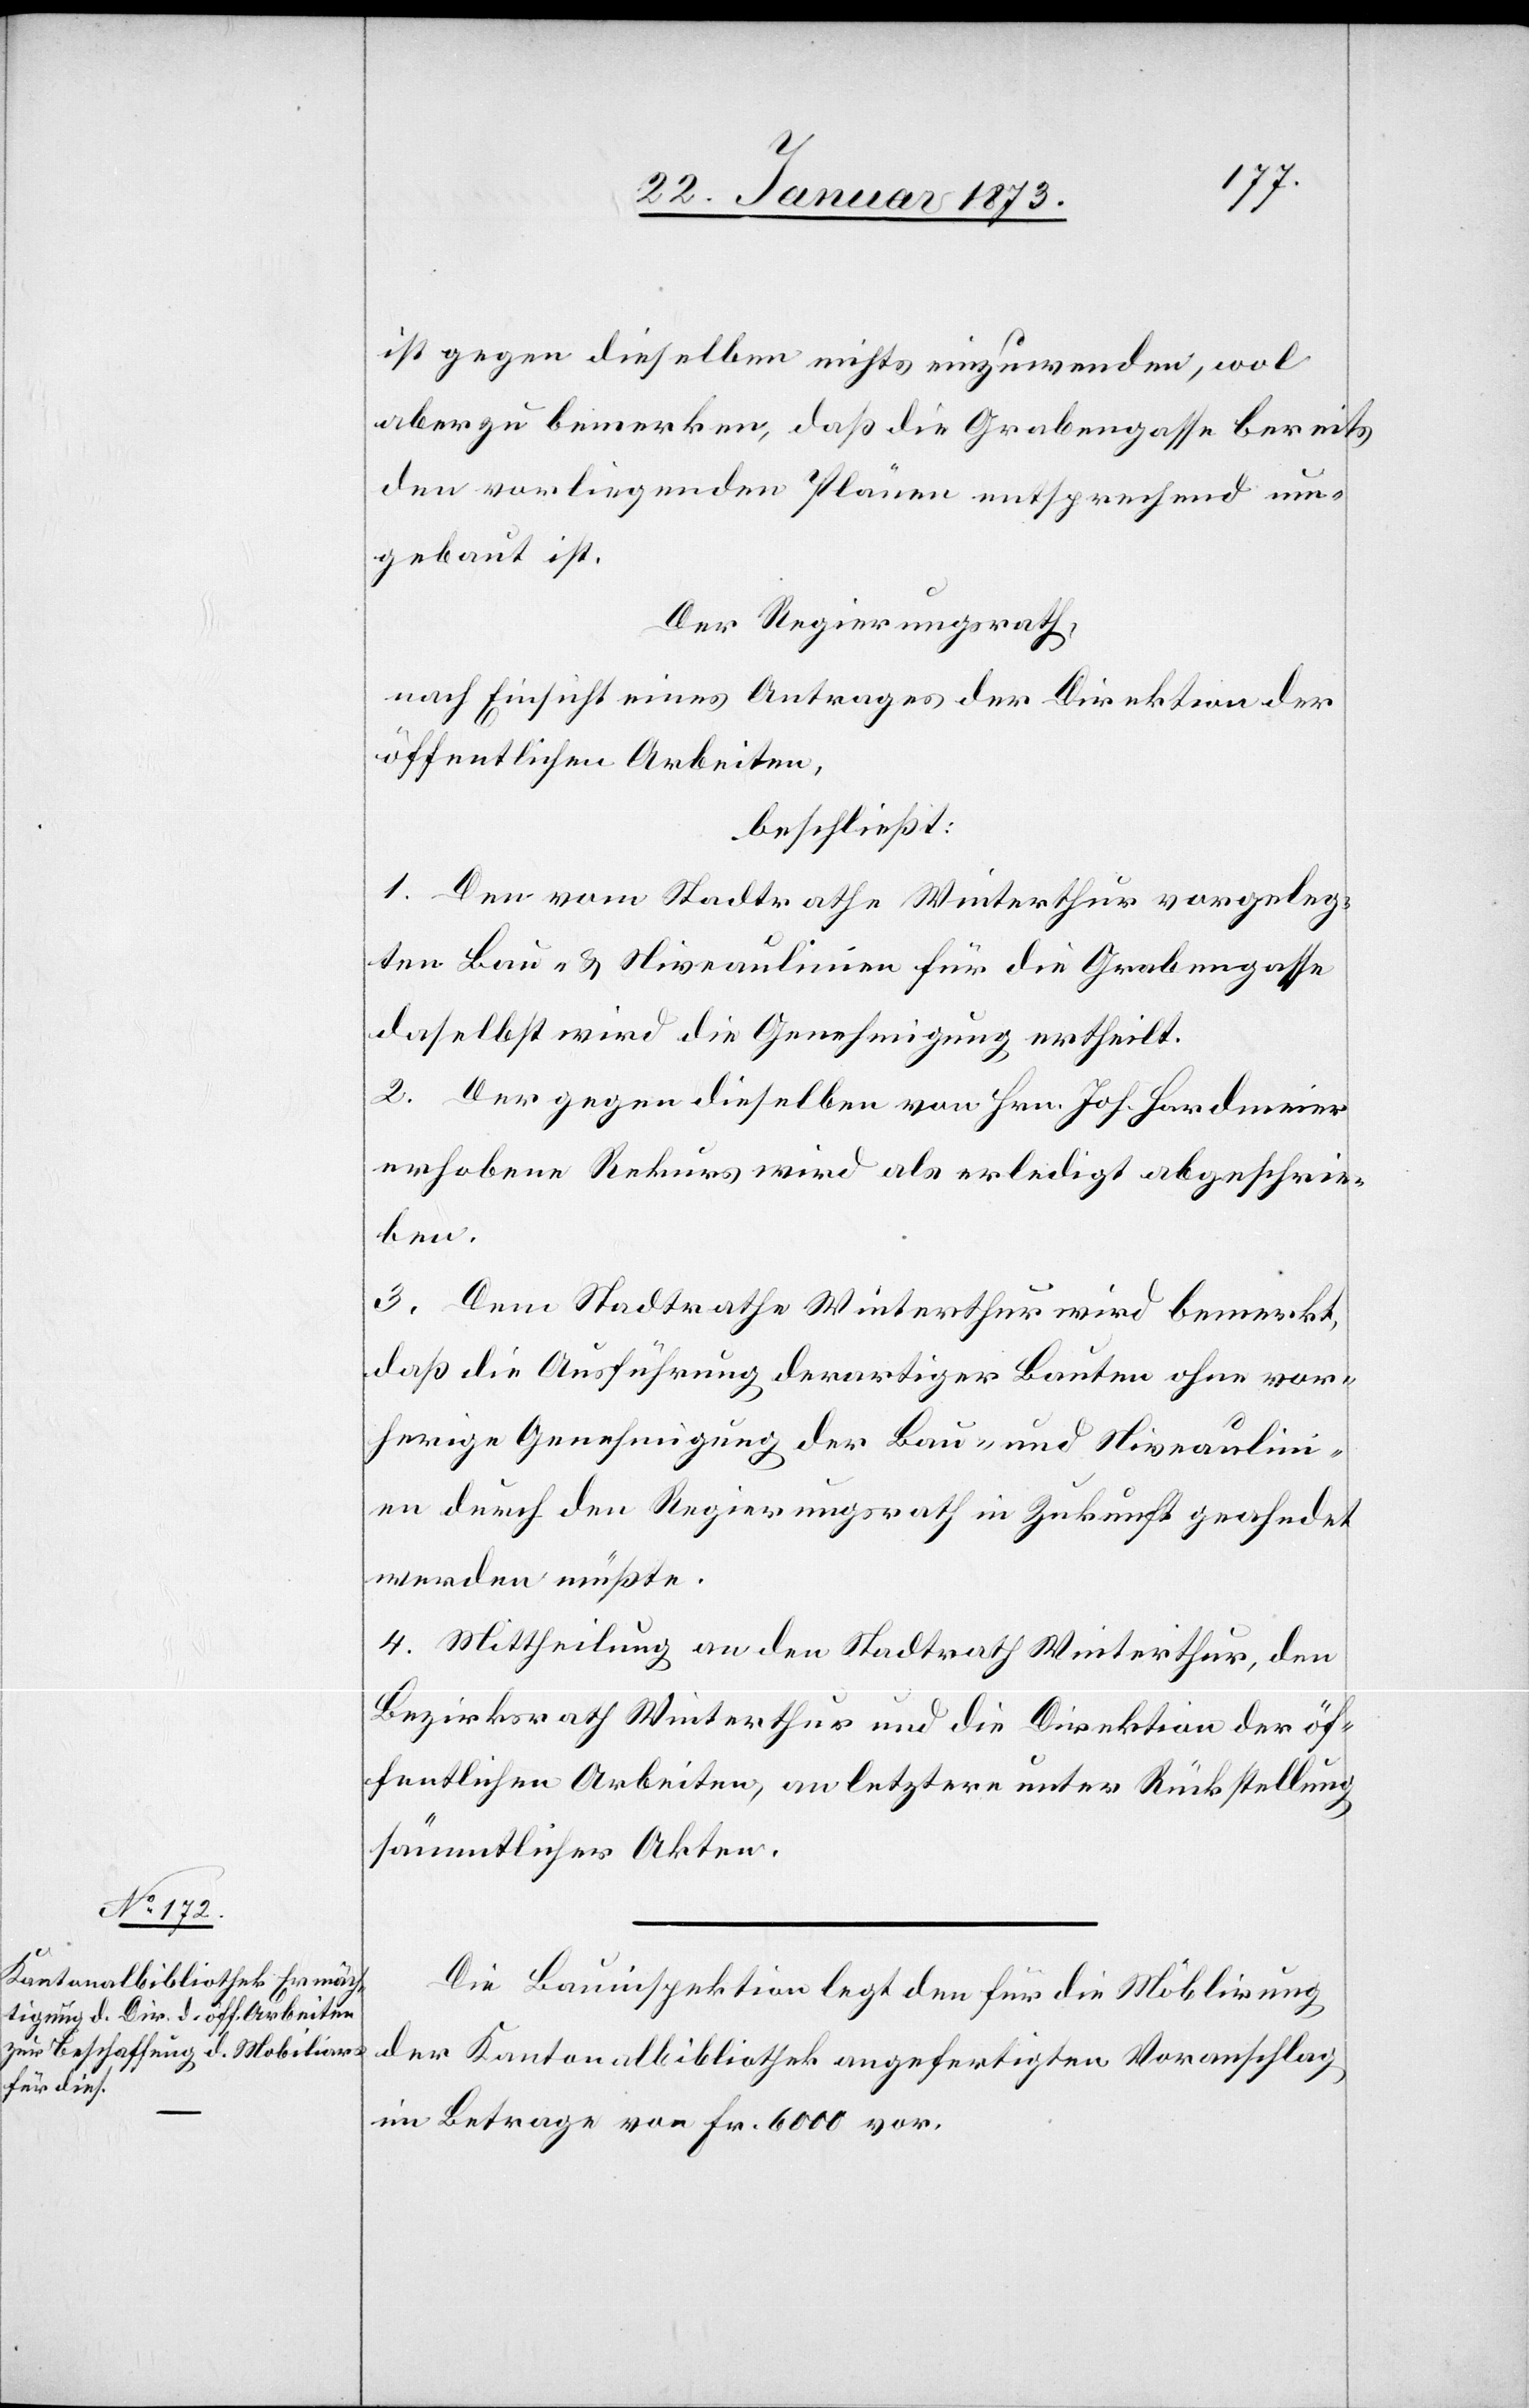
ist gegen dieselben nichts einzuwenden, wol
aber zu bemerken, daß die Grabengasse bereits
den vorliegenden Plänen entsprechend um¬
gebaut ist.
Der Regierungsrath,
nach Einsicht eines Antrages der Direktion der
öffentlichen Arbeiten,
beschließt:
1. Den vom Stadtrathe Winterthur vorgeleg¬
ten Bau- u. Niveaulinien für die Grabengasse
daselbst wird die Genehmigung ertheilt.
2. Der gegen dieselben von Hrn. Joh. Hardmeier
erhobene Rekurs wird als erledigt abgeschrie¬
ben.
3. Dem Stadtrathe Winterthur wird bemerkt,
daß die Ausführung derartiger Bauten ohne vor¬
herige Genehmigung der Bau- und Niveaulini¬
en durch den Regierungsrath in Zukunft geahndet
werden müßte.
4. Mittheilung an den Stadtrath Winterthur, den
Bezirksrath Winterthur und die Direktion der öf¬
fentlichen Arbeiten, an letztere unter Rückstellung
sämmtlicher Akten.
Die Bauinspektion legt den für die Möblirung
der Kantonalbibliothek angefertigten Voranschlag
im Betrage von Fr. 6000 vor.